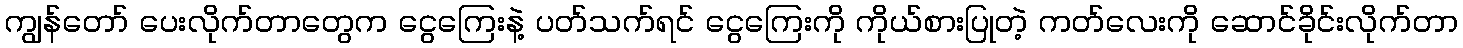
ကျွန်တော် ပေးလိုက်တာတွေက ငွေကြေးနဲ့ ပတ်သက်ရင် ငွေကြေးကို ကိုယ်စားပြုတဲ့ ကတ်လေးကို ဆောင်ခိုင်းလိုက်တာ